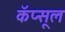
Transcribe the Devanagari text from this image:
कॅप्सूल